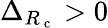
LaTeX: \Delta_{{R_{\mathrm{~c~}}}}>0